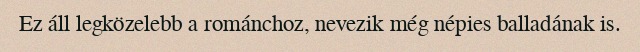
Ez áll legközelebb a románchoz, nevezik még népies balladának is.